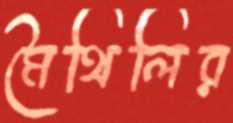
মৈথিলির